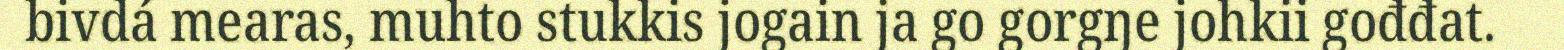
bivdá mearas, muhto stukkis jogain ja go gorgŋe johkii gođđat.